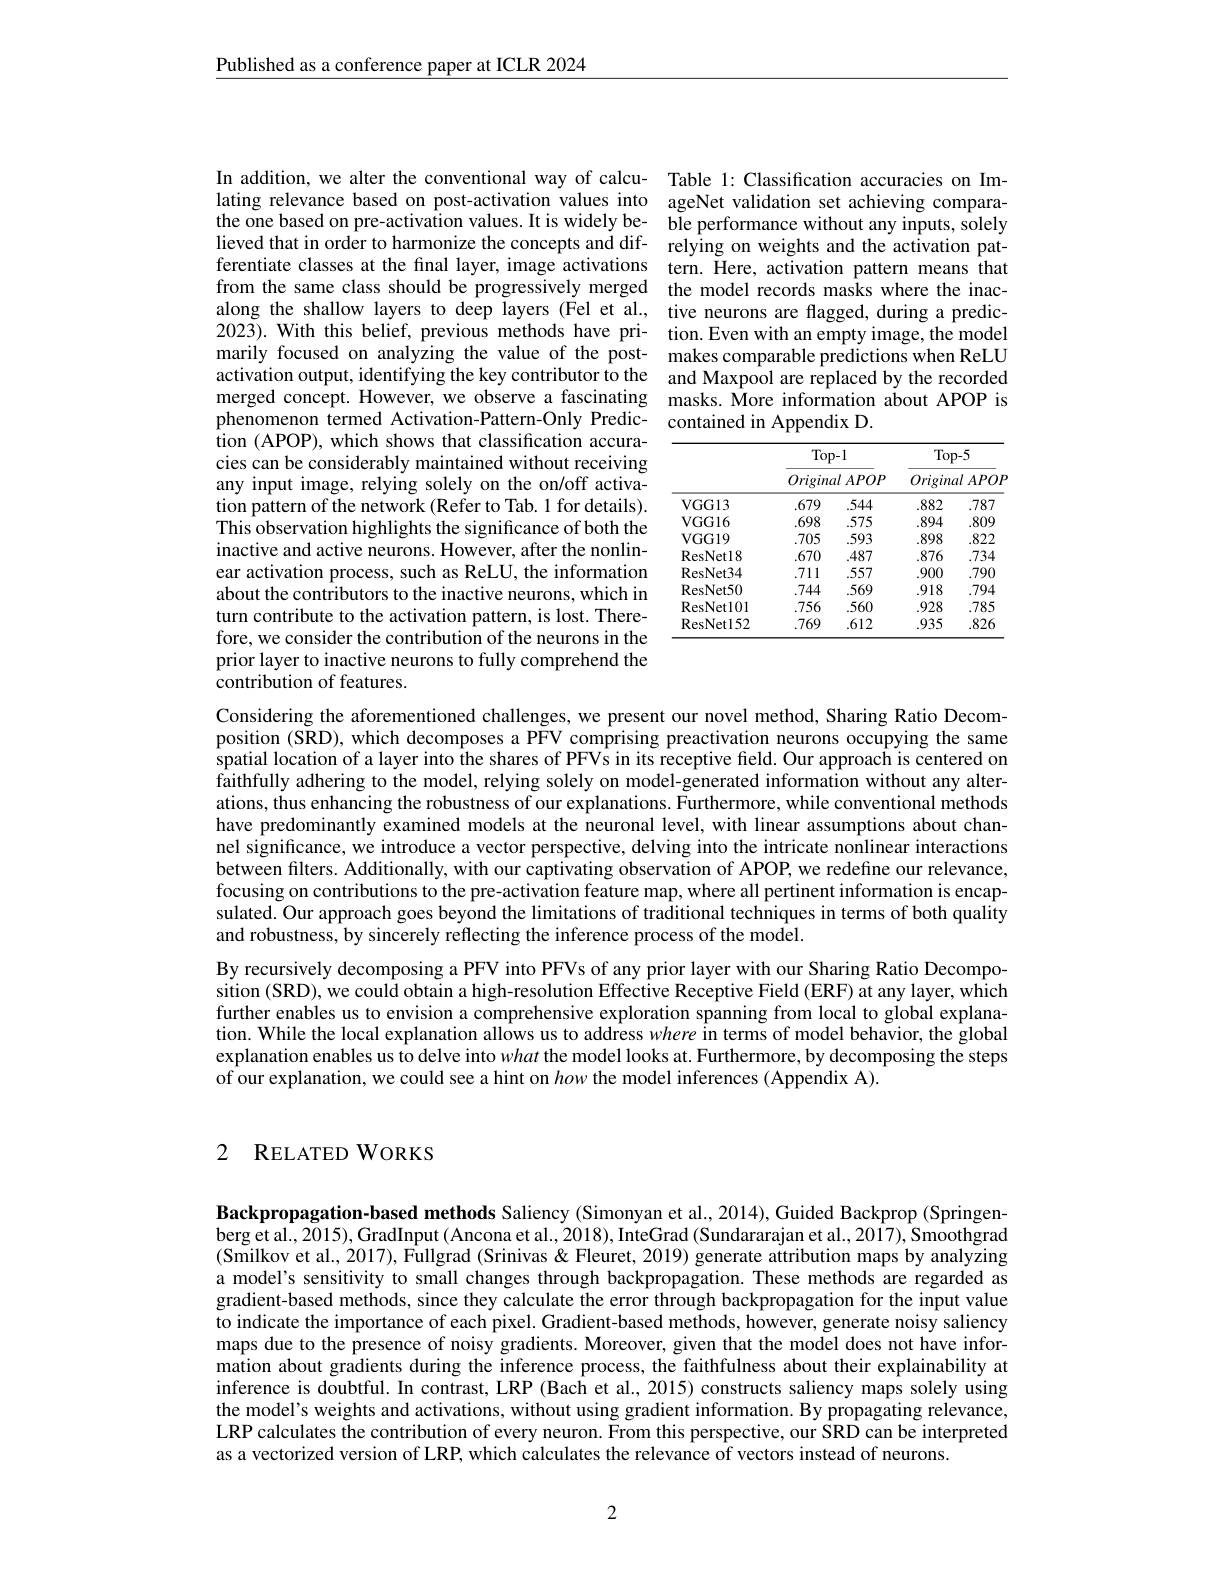
Published as a conference paper at ICLR 2024

In addition, we alter the conventional way of calcu- Table 1: Classification accuracies on Imlating relevance based on post-activation values into ageNet validation set achieving comparathe one based on pre-activation values. It is widely be- ble performance without any inputs, solely lieved that in order to harmonize the concepts and dif- relying on weights and the activation patferentiate classes at the final layer, image activations tern. Here, activation pattern means that from the same class should be progressively merged the model records masks where the inacalong the shallow layers to deep layers (Fel et al., tive neurons are flagged, during a predic- 2023). With this belief, previous methods have pri- tion.Even with an empty image, the model marily focused on analyzing the value of the post- makes comparable predictions when ReLU activation output, identifying the key contributor to the and Maxpool are replaced by the recorded merged concept. However, we observe a fascinating masks. $\hat{\text{More information about APOP is}}$ phenomenon termed Activation-Pattern-Only Predic- contained in Appendix D.

 fion ( APOP) , which shows that classification accura- cies can be considerably maintained without receiving any input image, relying solely on the on/off activation pattern of the network (Refer to Tab. 1 for details). This observation highlights the significance of both the inactive and active neurons. However, after the nonlinear activation process, such as ReLU, the information about the contributors to the inactive neurons, which in turn contribute to the activation pattern, is lost. Therefore, we consider the contribution of the neurons in the prior layer to inactive neurons to fully comprehend the contribution of features.

<table>
	<tbody>
		<tr>
			<th rowspan="3">VGG13</th>
			<th>Top</th>
			<th>)-1</th>
			<th colspan="4">$Top-5$ OriginalAPOF</th>
		</tr>
		<tr>
			<th>Originc</th>
			<th>$ul$ $APOP$</th>
		</tr>
		<tr>
			<td>.679</td>
			<td>.544</td>
			<td>.882</td>
			<td>.787</td>
		</tr>
		<tr>
			<td>VGG16</td>
			<td>.698</td>
			<td>.575</td>
			<td>.894</td>
			<td>.809</td>
		</tr>
		<tr>
			<td>VGG19</td>
			<td>.705</td>
			<td>.593</td>
			<td>.898</td>
			<td>.822</td>
		</tr>
		<tr>
			<td>ResNet18</td>
			<td>.670</td>
			<td>.487</td>
			<td>.876</td>
			<td>.734</td>
		</tr>
		<tr>
			<td>ResNet34</td>
			<td>.711</td>
			<td>.557</td>
			<td>.900</td>
			<td>.790</td>
		</tr>
		<tr>
			<td>ResNet50</td>
			<td>.744</td>
			<td>.569</td>
			<td>.918</td>
			<td>.794</td>
		</tr>
		<tr>
			<td>ResNetl01</td>
			<td>.756</td>
			<td>.560</td>
			<td>.928</td>
			<td>.785</td>
		</tr>
		<tr>
			<td>ResNetl52</td>
			<td>.769</td>
			<td>.612</td>
			<td>.935</td>
			<td>.826</td>
		</tr>
	</tbody>
</table>

Considering the aforementioned challenges, we present our novel method, Sharing Ratio Decomposition (SRD), which decomposes a PFV comprising preactivation neurons occupying the same spatial location of a layer into the shares of PFVs in its receptive field. Our approach is centered on faithfully adhering to the model, relying solely on model-generated information without any alterations, thus enhancing the robustness of our explanations. Furthermore, while conventional methods have predominantly examined models at the neuronal level, with linear assumptions about channel significance, we introduce a vector perspective, delving into the intricate nonlinear interactions between filters. Additionally, with our captivating observation of APOP, we redefine our relevance, focusing on contributions to the pre-activation feature map, where all pertinent information is encapsulated. Our approach goes beyond the limitations of traditional techniques in terms of both quality and robustness, by sincerely reflecting the inference process of the model.
By recursively decomposing a PFV into PFVs of any prior layer with our Sharing Ratio Decomposition (SRD), we could obtain a high-resolution Effective Receptive Field (ERF) at any layer, which further enables us to envision a comprehensive exploration spanning from local to global explanation. While the local explanation allows us to address where in terms of model behavior, the global explanation enables us to delve into what the model looks at. Furthermore, by decomposing the steps of our explanation, we could see a hint on how the model inferences (Appendix A).

## 2 $\mathbf{R} _{\mathrm{ELATED}}$WORKS

Backpropagation-based methods Saliency (Simonyan et al., 2014), Guided Backprop (Springenberg et al., 2015), GradInput ( Ancona et al., 2018), InteGrad ( Sundararajan et al., 2017), Smoothgrad (Smilkov et al., 2017), Fullgrad (Srinivas & Fleuret, 2019) generate attribution maps by analyzing a model's sensitivity to small changes through backpropagation. These methods are regarded as gradient-based methods, since they calculate the error through backpropagation for the input value to indicate the importance of each pixel. Gradient-based methods, however, generate noisy saliency maps due to the presence of noisy gradients. Moreover, given that the model does not have information about gradients during the inference process, the faithfulness about their explainability at inference is doubtful. In contrast, LRP (Bach et al., 2015) constructs saliency maps solely using the model's weights and activations, without using gradient information. By propagating relevance, LRP calculates the contribution of every neuron. From this perspective, our SRD can be interpreted as a vectorized version of LRP, which calculates the relevance of vectors instead of neurons.

2